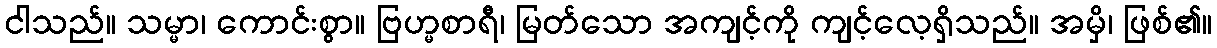
ငါသည်။ သမ္မာ၊ ကောင်းစွာ။ ဗြဟ္မစာရီ၊ မြတ်သော အကျင့်ကို ကျင့်လေ့ရှိသည်။ အမှိ၊ ဖြစ်၏။